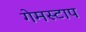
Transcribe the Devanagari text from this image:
गेमस्टाप